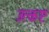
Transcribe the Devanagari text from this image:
उत्कष्ट